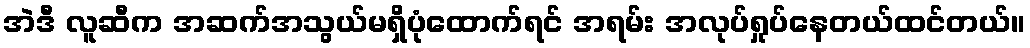
အဲဒီ လူဆီက အဆက်အသွယ်မရှိပုံထောက်ရင် အရမ်း အလုပ်ရှုပ်နေတယ်ထင်တယ်။